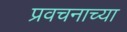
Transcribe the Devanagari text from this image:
प्रवचनाच्या